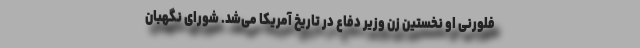
فلورنی او نخستین زن وزیر دفاع در تاریخ آمریکا می‌شد. شورای نگهبان